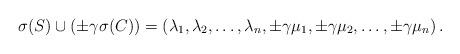
LaTeX: \begin{align*}\sigma(S)\cup \left(\pm \gamma\sigma(C)\right)=\left( \lambda_{1},\lambda_{2},\ldots,\lambda_{n},\pm\gamma \mu_{1},\pm \gamma \mu_{2},\ldots, \pm \gamma \mu_{n}\right).\end{align*}